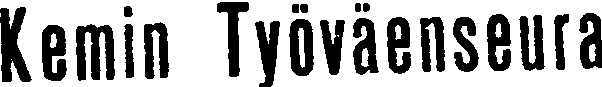
Kemin Työväenseura